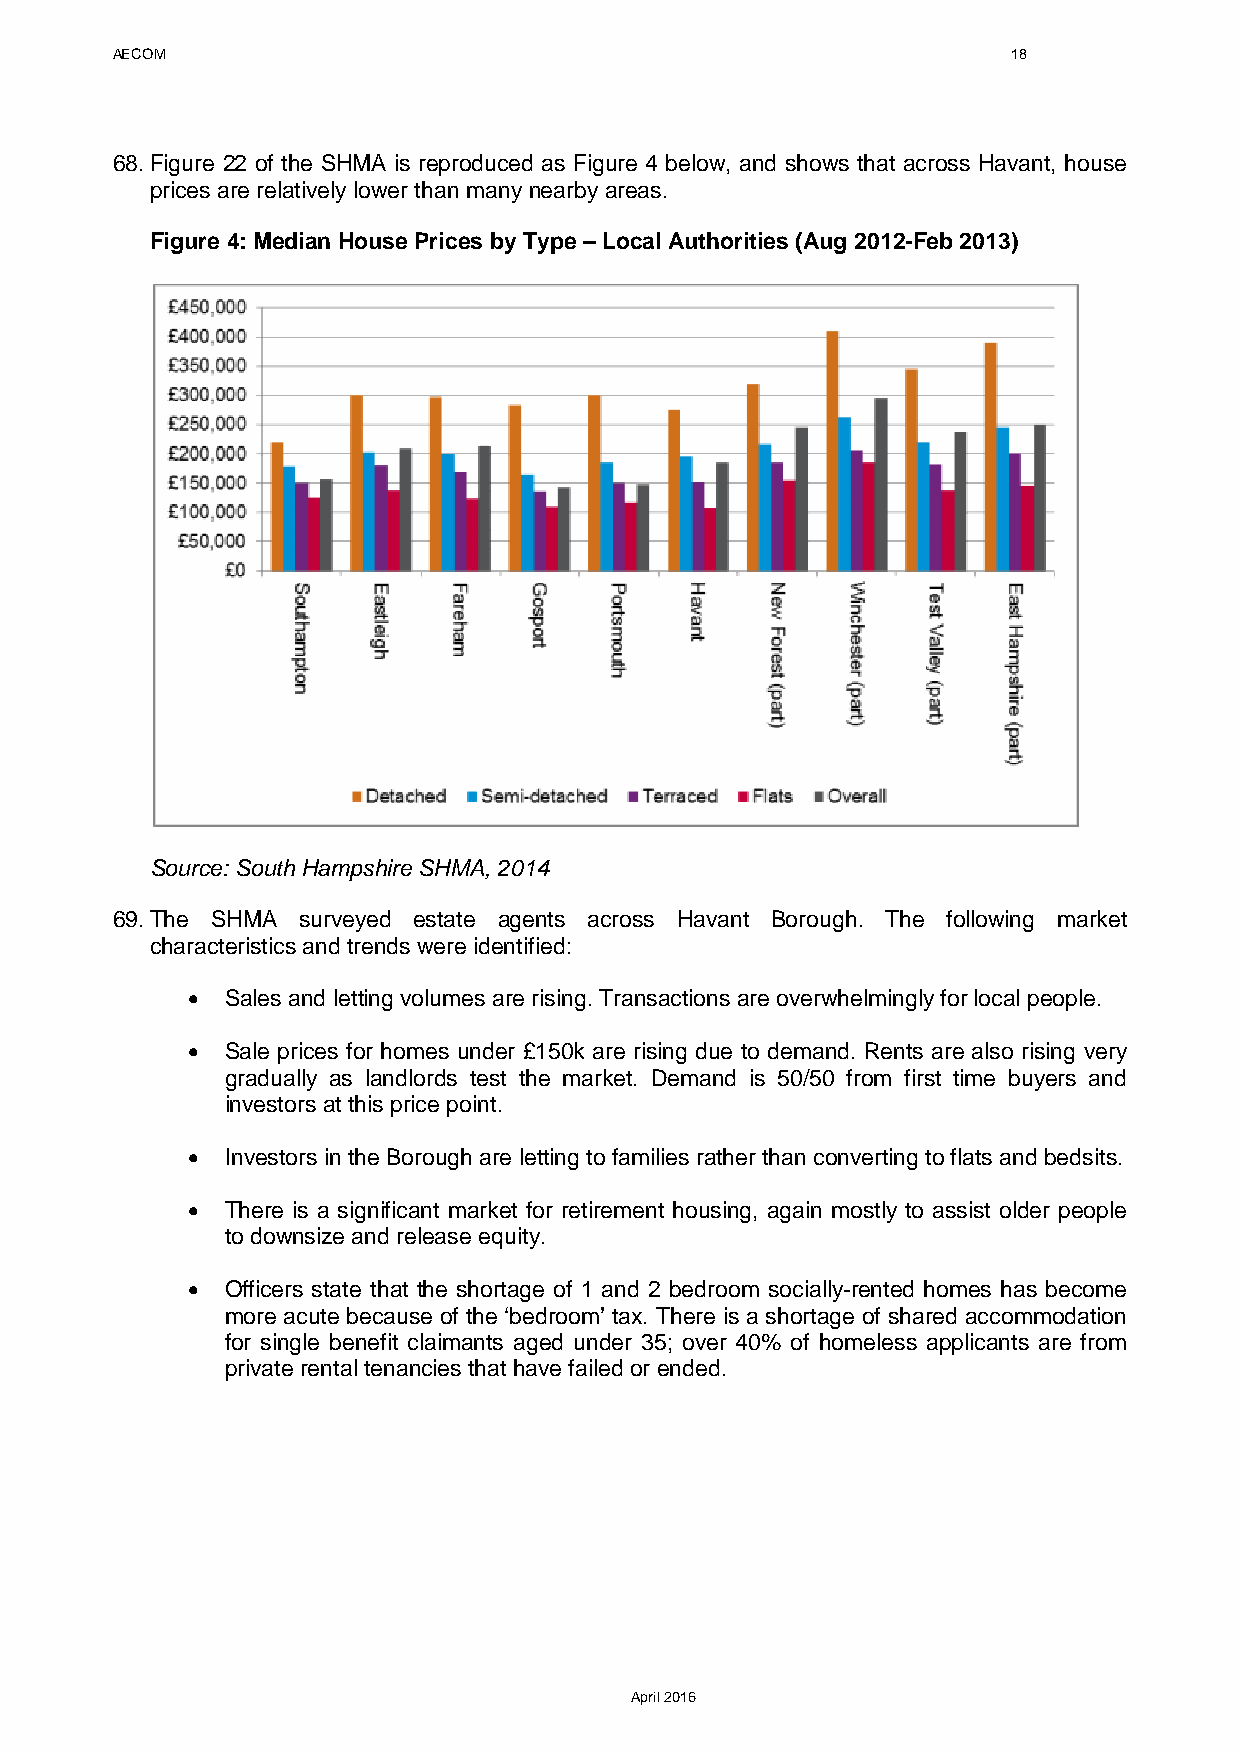
AECOM                                                       18
 68. Figure 22 of the SHMA is reproduced as Figure 4 below, and shows that across Havant, house
 prices are relatively lower than many nearby areas.
 Figure 4: Median House Prices by Type – Local Authorities (Aug 2012-Feb 2013)
 Source: South Hampshire SHMA, 2014
 69. The SHMA surveyed estate agents across Havant Borough. The following market
 characteristics and trends were identified:
 •  Sales and letting volumes are rising. Transactions are overwhelmingly for local people.
 •  Sale prices for homes under £150k are rising due to demand. Rents are also rising very
 gradually as landlords test the market. Demand is 50/50 from first time buyers and
 investors at this price point.
 •  Investors in the Borough are letting to families rather than converting to flats and bedsits.
 •  There is a significant market for retirement housing, again mostly to assist older people
 to downsize and release equity.
 •  Officers state that the shortage of 1 and 2 bedroom socially-rented homes has become
 more acute because of the ‘bedroom’ tax. There is a shortage of shared accommodation
 for single benefit claimants aged under 35; over 40% of homeless applicants are from
 private rental tenancies that have failed or ended.
 April 2016